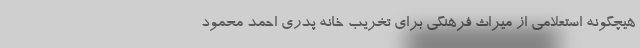
هیچگونه استعلامی از میراث فرهنگی برای تخریب خانه پدری احمد محمود